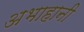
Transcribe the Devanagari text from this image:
अभाहानी